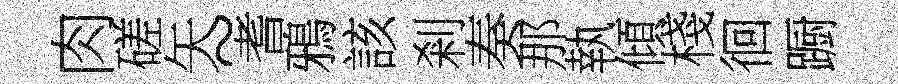
肉磋矢~耆鴉該剎奏那執傾棧徊蹰